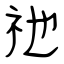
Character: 祂